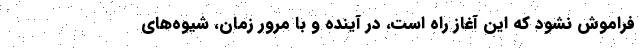
فراموش نشود که این آغاز راه است، در آینده و با مرور زمان، شیوه‌های